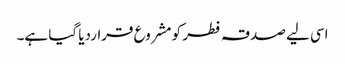
اسی لیے صدقہ فطر کو مشروع قراردیا گیا ہے۔